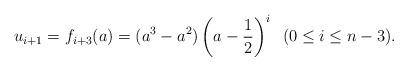
LaTeX: \begin{align*} u_{i+1} = f_{i+3}(a) = (a^3-a^2)\left(a-\frac 12\right)^{i}\;\; (0\leq i\leq n-3). \end{align*}